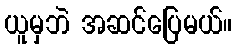
ယူမှဘဲ အဆင်ပြေမယ်။